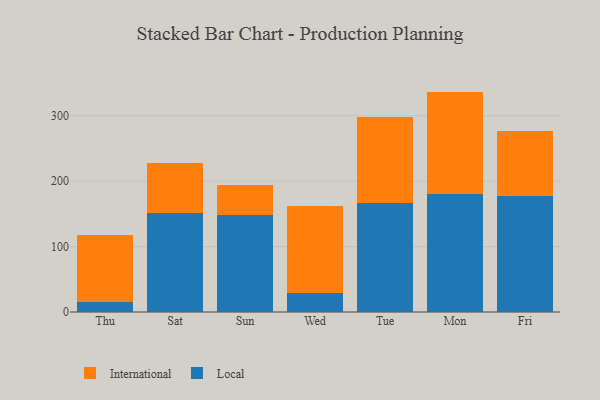
{"axis": {"x": "Day", "y": "Energy Usage (MWh)"}, "legend": ["International", "Local"], "data": [{"x": "Thu", "y": 15.7, "type": "Local"}, {"x": "Thu", "y": 102.2, "type": "International"}, {"x": "Sat", "y": 151.6, "type": "Local"}, {"x": "Sat", "y": 76.2, "type": "International"}, {"x": "Sun", "y": 148.4, "type": "Local"}, {"x": "Sun", "y": 45.5, "type": "International"}, {"x": "Wed", "y": 29.8, "type": "Local"}, {"x": "Wed", "y": 131.6, "type": "International"}, {"x": "Tue", "y": 167.0, "type": "Local"}, {"x": "Tue", "y": 131.8, "type": "International"}, {"x": "Mon", "y": 179.8, "type": "Local"}, {"x": "Mon", "y": 157.1, "type": "International"}, {"x": "Fri", "y": 176.9, "type": "Local"}, {"x": "Fri", "y": 99.1, "type": "International"}]}